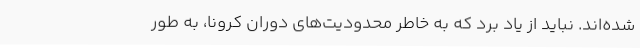
شده‌اند. نباید از یاد برد که به خاطر محدودیت‌های دوران کرونا، به طور